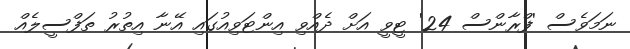
ނަމަވެސް 'ފްރާންސް 24' ޓީވީ އަށް ދެއްވި އިންޓަވިއުގައި އޭނާ އިތުރު ތަފްސީލެއް